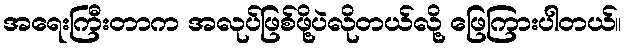
အရေးကြီးတာက အလုပ်ဖြစ်ဖို့ပဲလိုတယ်လို့ ဖြေကြားပါတယ်။